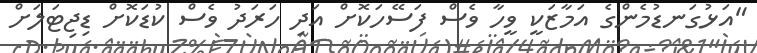
"އަޅުގަނޑުމެންގެ އަމާޒަކީ ވީހާ ވެސް ފަސޭހަކޮށް އަދި ހަރަދު ވެސް ކުޑަކޮށް ޑިޖިޓަލަށް